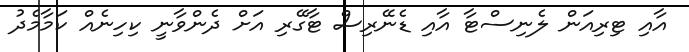
އާއި ޓިރިއަން ލެނިސްޓާ އާއި ޑެނޭރިސް ޓާގޭރި އަށް ދެންވާނީ ކިހިނެއް ކަމާމެދު